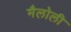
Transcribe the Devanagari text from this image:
मैलोली